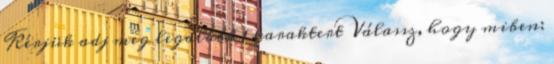
Kérjük adj meg legalább 1 karaktert Válassz, hogy miben: